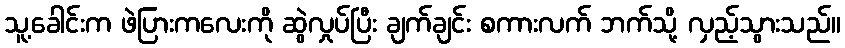
သူ့ခေါင်းက ဖဲပြားကလေးကို ဆွဲလှုပ်ပြီး ချက်ချင်း စကားလက် ဘက်သို့ လှည့်သွားသည်။